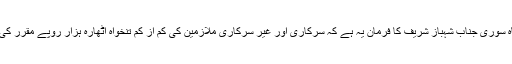
شیر شاہ سوری جناب شہباز شریف کا فرمان یہ ہے کہ سرکاری اور غیر سرکاری ملازمین کی کم از کم تنخواہ اٹھارہ ہزار روپے مقرر کی جائے۔